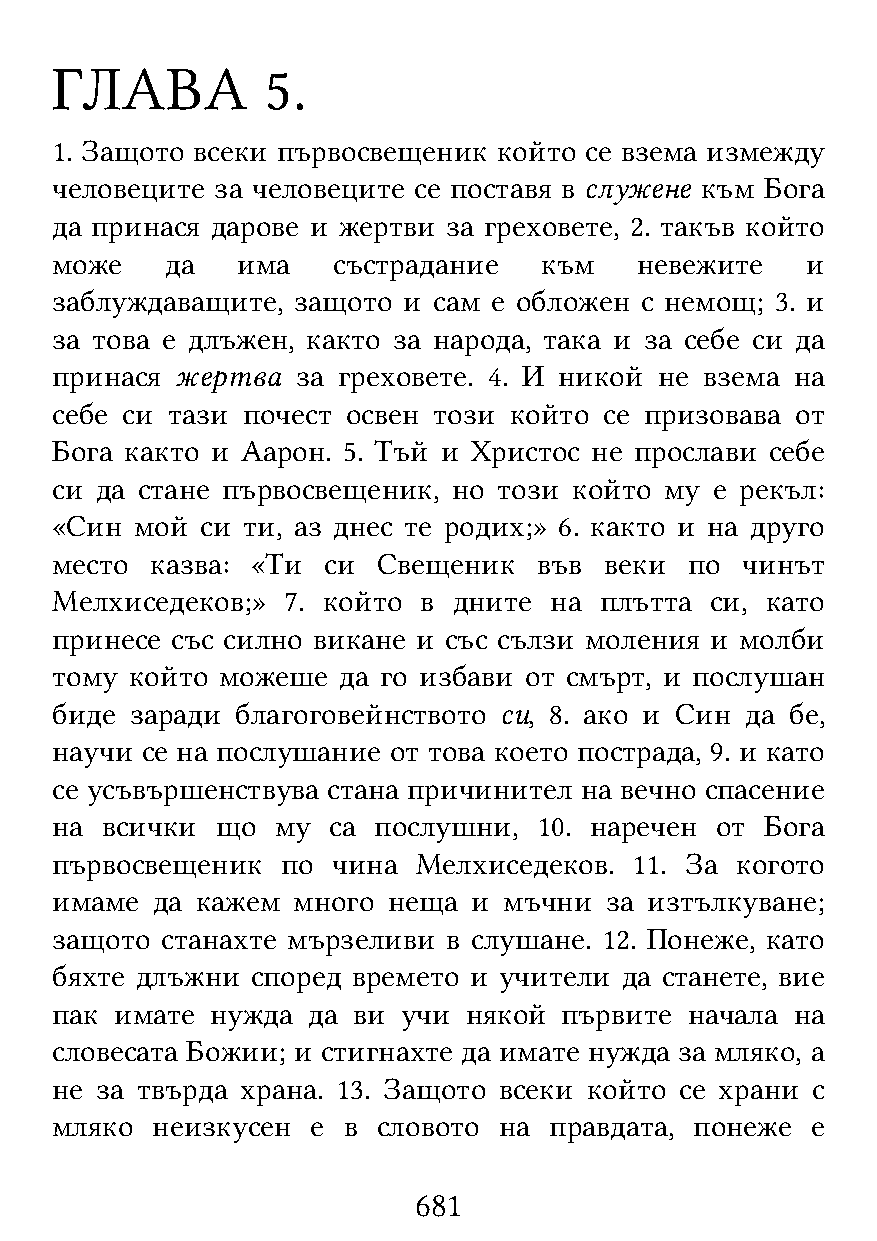
ГЛАВА          5.
 1. Защото всеки първосвещеник който се взема измежду
 человеците за человеците се поставя в служене към Бога
 да принася дарове и жертви за греховете, 2. такъв който
 може    да   има   състрадание   към   невежите   и
 заблуждаващите, защото  и сам е обложен с немощ; 3. и
 за това е длъжен, както за народа, така и за себе си да
 принася  жертва  за греховете. 4. И никой не взема на
 себе си тази почест освен този който се призовава от
 Бога както и Аарон. 5. Тъй и Христос не прослави себе
 си да стане първосвещеник, но този който му е рекъл:
 «Син  мой си ти, аз днес те родих;» 6. както и на друго
 место  казва: «Ти си  Свещеник   във веки  по чинът
 Мелхиседеков;»  7. който в дните на  плътта си, като
 принесе със силно викане и със сълзи моления и молби
 тому  който можеше да го избави от смърт, и послушан
 биде  заради благоговейнството си, 8. ако и Син да бе,
 научи се на послушание от това което пострада, 9. и като
 се усъвършенствува стана причинител на вечно спасение
 на  всички що  му  са послушни,  10. наречен от Бога
 първосвещеник   по чина  Мелхиседеков. 11. За когото
 имаме  да кажем много  неща и мъчни  за изтълкуване;
 защото  станахте мързеливи в слушане. 12. Понеже, като
 бяхте длъжни  според времето и учители да станете, вие
 пак  имате нужда да ви  учи някой първите  начала на
 словесата Божии; и стигнахте да имате нужда за мляко, а
 не за твърда храна. 13. Защото всеки който се храни с
 мляко  неизкусен  е в словото на правдата, понеже  е
 681